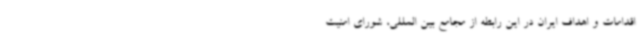
اقدامات و اهداف ایران در این رابطه از مجامع بین المللی، شورای امنیت